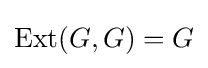
\operatorname {Ext} (G,G)=G